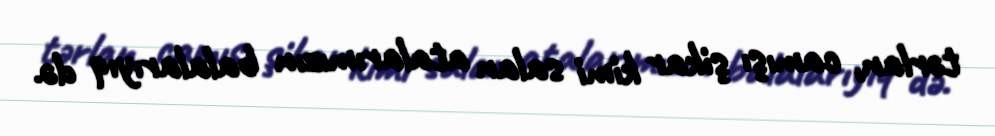
tərlan, camışı şikar kimi salan atalarımızın balalarıyıq də.